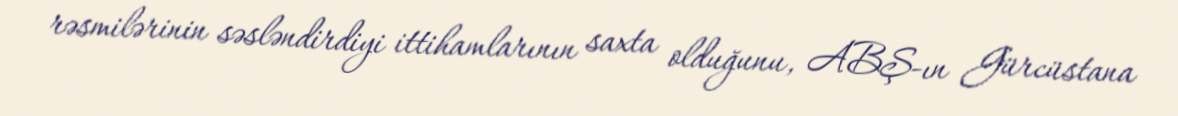
rəsmilərinin səsləndirdiyi ittihamlarının saxta olduğunu, ABŞ-ın Gürcüstana